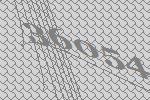
36054